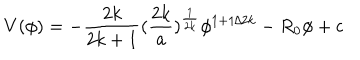
LaTeX: V ( \phi ) = - { \frac { 2 k } { 2 k + 1 } } ( { \frac { 2 k } { a } } ) ^ { \frac { 1 } { 2 k } } \phi ^ { 1 + 1 / 2 k } - R _ { 0 } \phi + c